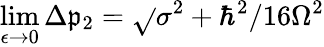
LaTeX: \operatorname*{lim}_{\epsilon\to0}\Delta\mathfrak{p}_{2}={\sqrt{}{{\sigma^{2}+\hbar^{2}/16\Omega^{2}}}}